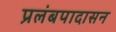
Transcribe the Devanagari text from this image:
प्रलंबपादासन